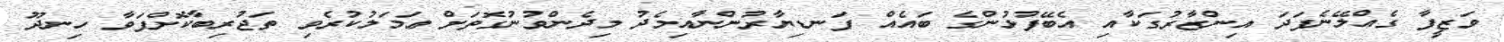
ވަޒީފާ ގެއްލޭނެފަދަ އިންޒާރުގަކާއި އެބޭފުޅުންގެ ބައެއް ފަނޑިޔާރުންނާއިމެދު މިދެންވުނުގޮތަށް ޢަމަލުކުރެވި ތަޖުރިބާކޮށްފަވާ ހިނދޫ